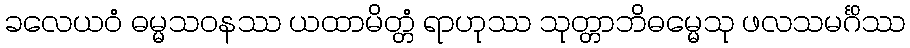
ခလေယဝံ ဓမ္မသဝနဿ ယထာမိတ္တံ ရာဟုဿ သုတ္တာဘိဓမ္မေသု ဖလသမင်္ဂိဿ